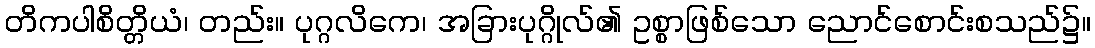
တိကပါစိတ္တိယံ၊ တည်း။ ပုဂ္ဂလိကေ၊ အခြားပုဂ္ဂိုလ်၏ ဥစ္စာဖြစ်သော ညောင်စောင်းစသည်၌။